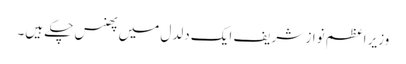
وزیر اعظم نواز شریف ایک دلدل میں پھنس چکے ہیں۔